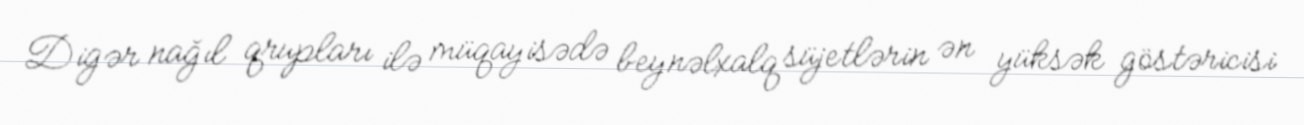
Digər nağıl qrupları ilə müqayisədə beynəlxalq süjetlərin ən yüksək göstəricisi